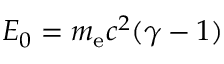
E _ { 0 } = m _ { \mathrm { e } } c ^ { 2 } ( \gamma - 1 )